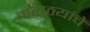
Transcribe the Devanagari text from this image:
मराठयांचे